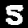
Label: 5